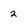
Character: 2